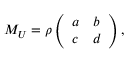
M _ { U } = \rho \left( \begin{array} { l l } { { a } } & { { b } } \\ { { c } } & { { d } } \end{array} \right) ,